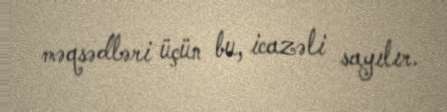
məqsədləri üçün bu, icazəli sayılır.